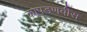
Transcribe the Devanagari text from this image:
कापडणवीस